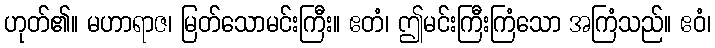
ဟုတ်၏။ မဟာရာဇ၊ မြတ်သောမင်းကြီး။ ဧတံ၊ ဤမင်းကြီးကြံသော အကြံသည်။ ဧဝံ၊